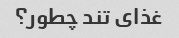
غذای تند چطور؟